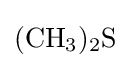
{(\mathrm {CH} {\vphantom {A}}_{\smash[{t}]{3}}){\vphantom {A}}_{\smash[{t}]{2}}\mathrm {S} }